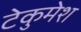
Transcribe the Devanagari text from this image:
टेकुमेश